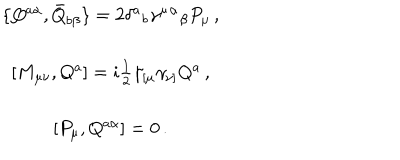
LaTeX: \begin{array} { c } { { \{ Q ^ { a \alpha } , \bar { Q } _ { b \beta } \} = 2 \delta ^ { a } { } _ { b } \gamma ^ { \mu } { } ^ { \alpha } { } _ { \beta } P _ { \mu } \, , } } \\ { { { } } } \\ { { { } [ M _ { \mu \nu } , Q ^ { a } ] = i \textstyle { \frac { 1 } { 2 } } \gamma _ { [ \mu } \gamma _ { \nu ] } Q ^ { a } \, , } } \\ { { { } } } \\ { { { } [ { P } _ { \mu } , Q ^ { a \alpha } ] = 0 \, . } } \\ \end{array}